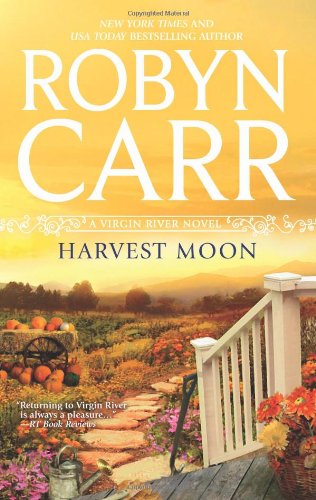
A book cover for Harvest Moon (A Virgin River Novel); Robyn Carr; Romance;